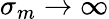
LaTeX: \sigma_{m}\to\infty